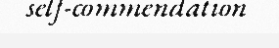
self-commendation